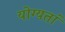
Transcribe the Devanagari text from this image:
योग्यतां